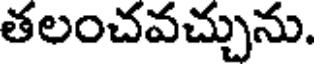
తలంచవచ్చును.